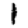
Digit: 1